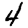
Digit: 4